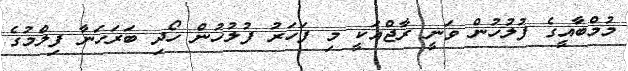
މުމްބާއީގެ ފުލުހުން ވަނީ ރާޖްއަކީ މި ފަހަރު ފުލުހުން ހޯދި ބަރަހަނާ ފިލްމުގެ